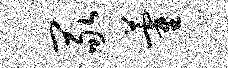
冢藿